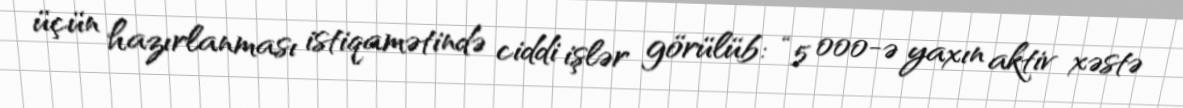
üçün hazırlanması istiqamətində ciddi işlər görülüb: “5 000-ə yaxın aktiv xəstə